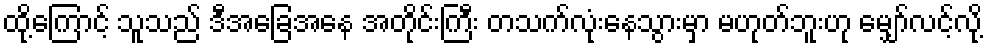
ထို့ကြောင့် သူသည် ဒီအခြေအနေ အတိုင်းကြီး တသက်လုံးနေသွားမှာ မဟုတ်ဘူးဟု မျှော်လင့်လို့